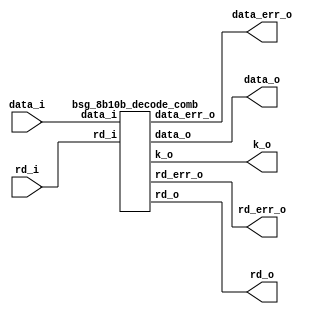


module top
(
  data_i,
  rd_i,
  data_o,
  k_o,
  rd_o,
  data_err_o,
  rd_err_o
);

  input [9:0] data_i;
  output [7:0] data_o;
  input rd_i;
  output k_o;
  output rd_o;
  output data_err_o;
  output rd_err_o;

  bsg_8b10b_decode_comb
  wrapper
  (
    .data_i(data_i),
    .data_o(data_o),
    .rd_i(rd_i),
    .k_o(k_o),
    .rd_o(rd_o),
    .data_err_o(data_err_o),
    .rd_err_o(rd_err_o)
  );


endmodule



module bsg_8b10b_decode_comb
(
  data_i,
  rd_i,
  data_o,
  k_o,
  rd_o,
  data_err_o,
  rd_err_o
);

  input [9:0] data_i;
  output [7:0] data_o;
  input rd_i;
  output k_o;
  output rd_o;
  output data_err_o;
  output rd_err_o;
  wire [7:0] data_o;
  wire k_o,rd_o,data_err_o,rd_err_o,AxorB,AandB,NAandNB,CxorD,CandD,NCandND,ExnorI,
  EandI,NEandNI,FxorG,FandG,NFandNG,HxorJ,HandJ,NHandNJ,P22,P13,P31,N0,N1,N2,N3,N4,N5,
  N6,N7,N8,N9,N10,N11,N12,N13,M0,M1,M2,M3,M4,M5,M6,T0,T1,T2,T3,T4,N14,N15,N16,N17,
  N18,N19,N20,N21,M7,M8,M9,M10,T5,T6,T7,rd6p,rd6n,rd4p,rd4n,N22,N23,N24,N25,N26,
  N27,N28,N29,N30,N31,N32,N33,N34,N35,N36,N37,N38,N39,N40,N41,N42,N43,N44,N45,N46,
  N47,N48,N49,N50,N51,N52,N53,N54,N55,N56,N57,N58,N59,N60,N61,N62,N63,N64,N65,N66,
  N67,N68,N69,N70,N71,N72,N73,N74,N75,N76,N77,N78,N79,N80,N81,N82,N83,N84,N85,N86,
  N87,N88,N89,N90,N91,N92,N93,N94,N95,N96,N97,N98,N99,N100,N101,N102,N103,N104,N105,
  N106,N107,N108,N109,N110,N111,N112,N113,N114,N115,N116,N117,N118,N119,N120,N121,
  N122,N123,N124,N125,N126,N127,N128,N129,N130,N131,N132,N133,N134,N135,N136,N137,
  N138,N139,N140,N141,N142,N143,N144,N145,N146,N147,N148,N149,N150,N151,N152,N153,
  N154,N155,N156,N157,N158,N159,N160,N161,N162,N163,N164,N165,N166,N167,N168,N169,
  N170,N171,N172,N173,N174,N175,N176,N177,N178,N179,N180,N181,N182,N183,N184,N185,
  N186,N187;
  assign AxorB = data_i[0] ^ data_i[1];
  assign AandB = data_i[0] & data_i[1];
  assign NAandNB = N22 & N23;
  assign N22 = ~data_i[0];
  assign N23 = ~data_i[1];
  assign CxorD = data_i[2] ^ data_i[3];
  assign CandD = data_i[2] & data_i[3];
  assign NCandND = N24 & N25;
  assign N24 = ~data_i[2];
  assign N25 = ~data_i[3];
  assign ExnorI = ~N26;
  assign N26 = data_i[4] ^ data_i[5];
  assign EandI = data_i[4] & data_i[5];
  assign NEandNI = N27 & N28;
  assign N27 = ~data_i[4];
  assign N28 = ~data_i[5];
  assign FxorG = data_i[6] ^ data_i[7];
  assign FandG = data_i[6] & data_i[7];
  assign NFandNG = N29 & N30;
  assign N29 = ~data_i[6];
  assign N30 = ~data_i[7];
  assign HxorJ = data_i[8] ^ data_i[9];
  assign HandJ = data_i[8] & data_i[9];
  assign NHandNJ = N31 & N32;
  assign N31 = ~data_i[8];
  assign N32 = ~data_i[9];
  assign P22 = N35 | N36;
  assign N35 = N33 | N34;
  assign N33 = AandB & NCandND;
  assign N34 = CandD & NAandNB;
  assign N36 = AxorB & CxorD;
  assign P13 = N37 | N38;
  assign N37 = AxorB & NCandND;
  assign N38 = CxorD & NAandNB;
  assign P31 = N39 | N40;
  assign N39 = AxorB & CandD;
  assign N40 = CxorD & AandB;
  assign N0 = N42 & ExnorI;
  assign N42 = N41 & data_i[2];
  assign N41 = P22 & data_i[0];
  assign N1 = N44 & ExnorI;
  assign N44 = N43 & N24;
  assign N43 = P22 & N22;
  assign N2 = N46 & ExnorI;
  assign N46 = N45 & data_i[2];
  assign N45 = P22 & data_i[1];
  assign N3 = N48 & ExnorI;
  assign N48 = N47 & N24;
  assign N47 = P22 & N23;
  assign N4 = NAandNB & NEandNI;
  assign N5 = AandB & EandI;
  assign N6 = N49 & EandI;
  assign N49 = P13 & data_i[3];
  assign N7 = P13 & N28;
  assign N8 = P13 & N27;
  assign N9 = P31 & data_i[5];
  assign N10 = CandD & EandI;
  assign N11 = NCandND & NEandNI;
  assign N12 = N51 & HandJ;
  assign N51 = N50 & data_i[7];
  assign N50 = N27 & data_i[5];
  assign N13 = N53 & NHandNJ;
  assign N53 = N52 & N30;
  assign N52 = data_i[4] & N28;
  assign k_o = N56 | N57;
  assign N56 = N54 | N55;
  assign N54 = N10 | N11;
  assign N55 = N12 & P13;
  assign N57 = N13 & P31;
  assign M0 = N1 | N8;
  assign M1 = N58 | N9;
  assign N58 = N5 | N11;
  assign M2 = N59 | N6;
  assign N59 = N9 | N2;
  assign M3 = N0 | N8;
  assign M4 = N60 | N4;
  assign N60 = N8 | N11;
  assign M5 = N1 | N7;
  assign M6 = N6 | N3;
  assign T0 = N61 | M1;
  assign N61 = M6 | M0;
  assign T1 = N62 | M2;
  assign N62 = M1 | M3;
  assign T2 = N63 | M4;
  assign N63 = M2 | M0;
  assign T3 = N64 | M6;
  assign N64 = M1 | M3;
  assign T4 = N65 | M6;
  assign N65 = M5 | M4;
  assign data_o[0] = data_i[0] ^ T0;
  assign data_o[1] = data_i[1] ^ T1;
  assign data_o[2] = data_i[2] ^ T2;
  assign data_o[3] = data_i[3] ^ T3;
  assign data_o[4] = data_i[4] ^ T4;
  assign N14 = data_i[7] & HandJ;
  assign N15 = HandJ & data_i[6];
  assign N16 = FandG & data_i[9];
  assign N17 = NFandNG & N31;
  assign N18 = NFandNG & HandJ;
  assign N19 = N29 & NHandNJ;
  assign N20 = NHandNJ & N30;
  assign N21 = N68 & N11;
  assign N68 = N66 & N67;
  assign N66 = ~HandJ;
  assign N67 = ~NHandNJ;
  assign M7 = N69 | N21;
  assign N69 = N14 | N15;
  assign M8 = N70 | N18;
  assign N70 = N16 | N17;
  assign M9 = N71 | N20;
  assign N71 = N19 | N21;
  assign M10 = N72 | N21;
  assign N72 = N20 | N15;
  assign T5 = M7 | M8;
  assign T6 = M8 | M9;
  assign T7 = M8 | M10;
  assign data_o[5] = data_i[6] ^ T5;
  assign data_o[6] = data_i[7] ^ T6;
  assign data_o[7] = data_i[8] ^ T7;
  assign rd6p = N74 | N75;
  assign N74 = P31 & N73;
  assign N73 = ~NEandNI;
  assign N75 = P22 & EandI;
  assign rd6n = N77 | N78;
  assign N77 = P13 & N76;
  assign N76 = ~EandI;
  assign N78 = P22 & NEandNI;
  assign rd4p = N79 | N80;
  assign N79 = FxorG & HandJ;
  assign N80 = HxorJ & FandG;
  assign rd4n = N81 | N82;
  assign N81 = FxorG & NHandNJ;
  assign N82 = HxorJ & NFandNG;
  assign rd_o = N67 & N102;
  assign N102 = N83 | N101;
  assign N83 = rd4p | HandJ;
  assign N101 = N96 & N100;
  assign N96 = N84 & N95;
  assign N84 = data_i[3] | N73;
  assign N95 = N93 | N94;
  assign N93 = N89 | N92;
  assign N89 = N85 | N88;
  assign N85 = rd_i & P31;
  assign N88 = N87 & EandI;
  assign N87 = rd_i | N86;
  assign N86 = ~P13;
  assign N92 = N91 & N73;
  assign N91 = N90 | P31;
  assign N90 = rd_i & P22;
  assign N94 = data_i[3] & EandI;
  assign N100 = N98 | N99;
  assign N98 = N97 | N18;
  assign N97 = FandG & NHandNJ;
  assign N99 = FxorG & HxorJ;
  assign data_err_o = N153 | N162;
  assign N153 = N148 | N152;
  assign N148 = N143 | N147;
  assign N143 = N141 | N142;
  assign N141 = N139 | N140;
  assign N139 = N136 | N138;
  assign N136 = N134 | N135;
  assign N134 = N132 | N133;
  assign N132 = N129 | N131;
  assign N129 = N127 | N128;
  assign N127 = N125 | N126;
  assign N125 = N123 | N124;
  assign N123 = N120 | N122;
  assign N120 = N117 | N119;
  assign N117 = N114 | N116;
  assign N114 = N112 | N113;
  assign N112 = N109 | N111;
  assign N109 = N107 | N108;
  assign N107 = N105 | N106;
  assign N105 = N103 | N104;
  assign N103 = NAandNB & NCandND;
  assign N104 = AandB & CandD;
  assign N106 = NFandNG & NHandNJ;
  assign N108 = FandG & HandJ;
  assign N111 = N110 & data_i[8];
  assign N110 = EandI & FandG;
  assign N113 = NEandNI & N17;
  assign N116 = N115 & N14;
  assign N115 = data_i[4] & N28;
  assign N119 = N118 & N20;
  assign N118 = N27 & data_i[5];
  assign N122 = N121 & N13;
  assign N121 = ~P31;
  assign N124 = N86 & N12;
  assign N126 = N7 & N27;
  assign N128 = N9 & data_i[4];
  assign N131 = N130 & rd6p;
  assign N130 = FandG & NHandNJ;
  assign N133 = N18 & rd6n;
  assign N135 = N10 & N17;
  assign N138 = N137 & data_i[8];
  assign N137 = N11 & FandG;
  assign N140 = rd6p & rd4p;
  assign N142 = rd6n & rd4n;
  assign N147 = N145 & N146;
  assign N145 = N144 & NEandNI;
  assign N144 = AandB & data_i[2];
  assign N146 = NFandNG | rd4n;
  assign N152 = N150 & N151;
  assign N150 = N149 & EandI;
  assign N149 = NAandNB & N24;
  assign N151 = FandG | rd4p;
  assign N162 = N159 & N161;
  assign N159 = N156 & N158;
  assign N156 = N154 | N155;
  assign N154 = EandI & N20;
  assign N155 = NEandNI & N14;
  assign N158 = ~N157;
  assign N157 = CandD & data_i[4];
  assign N161 = ~N160;
  assign N160 = NCandND & N27;
  assign rd_err_o = N185 | N187;
  assign N185 = N182 | N184;
  assign N182 = N180 | N181;
  assign N180 = N178 | N179;
  assign N178 = N174 | N177;
  assign N174 = N170 | N173;
  assign N170 = N167 | N169;
  assign N167 = N165 | N166;
  assign N165 = N163 | N164;
  assign N163 = rd6p & rd4p;
  assign N164 = rd6n & rd4n;
  assign N166 = rd_i & rd6p;
  assign N169 = N168 & rd6n;
  assign N168 = ~rd_i;
  assign N173 = N172 & FandG;
  assign N172 = rd_i & N171;
  assign N171 = ~rd6n;
  assign N177 = N176 & NFandNG;
  assign N176 = N168 & N175;
  assign N175 = ~rd6p;
  assign N179 = N172 & rd4p;
  assign N181 = N176 & rd4n;
  assign N184 = N183 & data_i[2];
  assign N183 = rd_i & AandB;
  assign N187 = N186 & N24;
  assign N186 = N168 & NAandNB;

endmodule